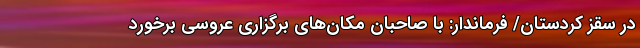
در سقز کردستان/ فرماندار: با صاحبان مکان‌های برگزاری عروسی برخورد